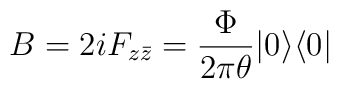
B = 2i F_{z \bar z} = \frac{\Phi}{2\pi\theta}|0\rangle \langle 0|